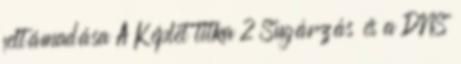
feltámadása A Képlet titka 2 Sugárzás és a DNS